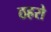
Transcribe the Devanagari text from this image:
ठहरो